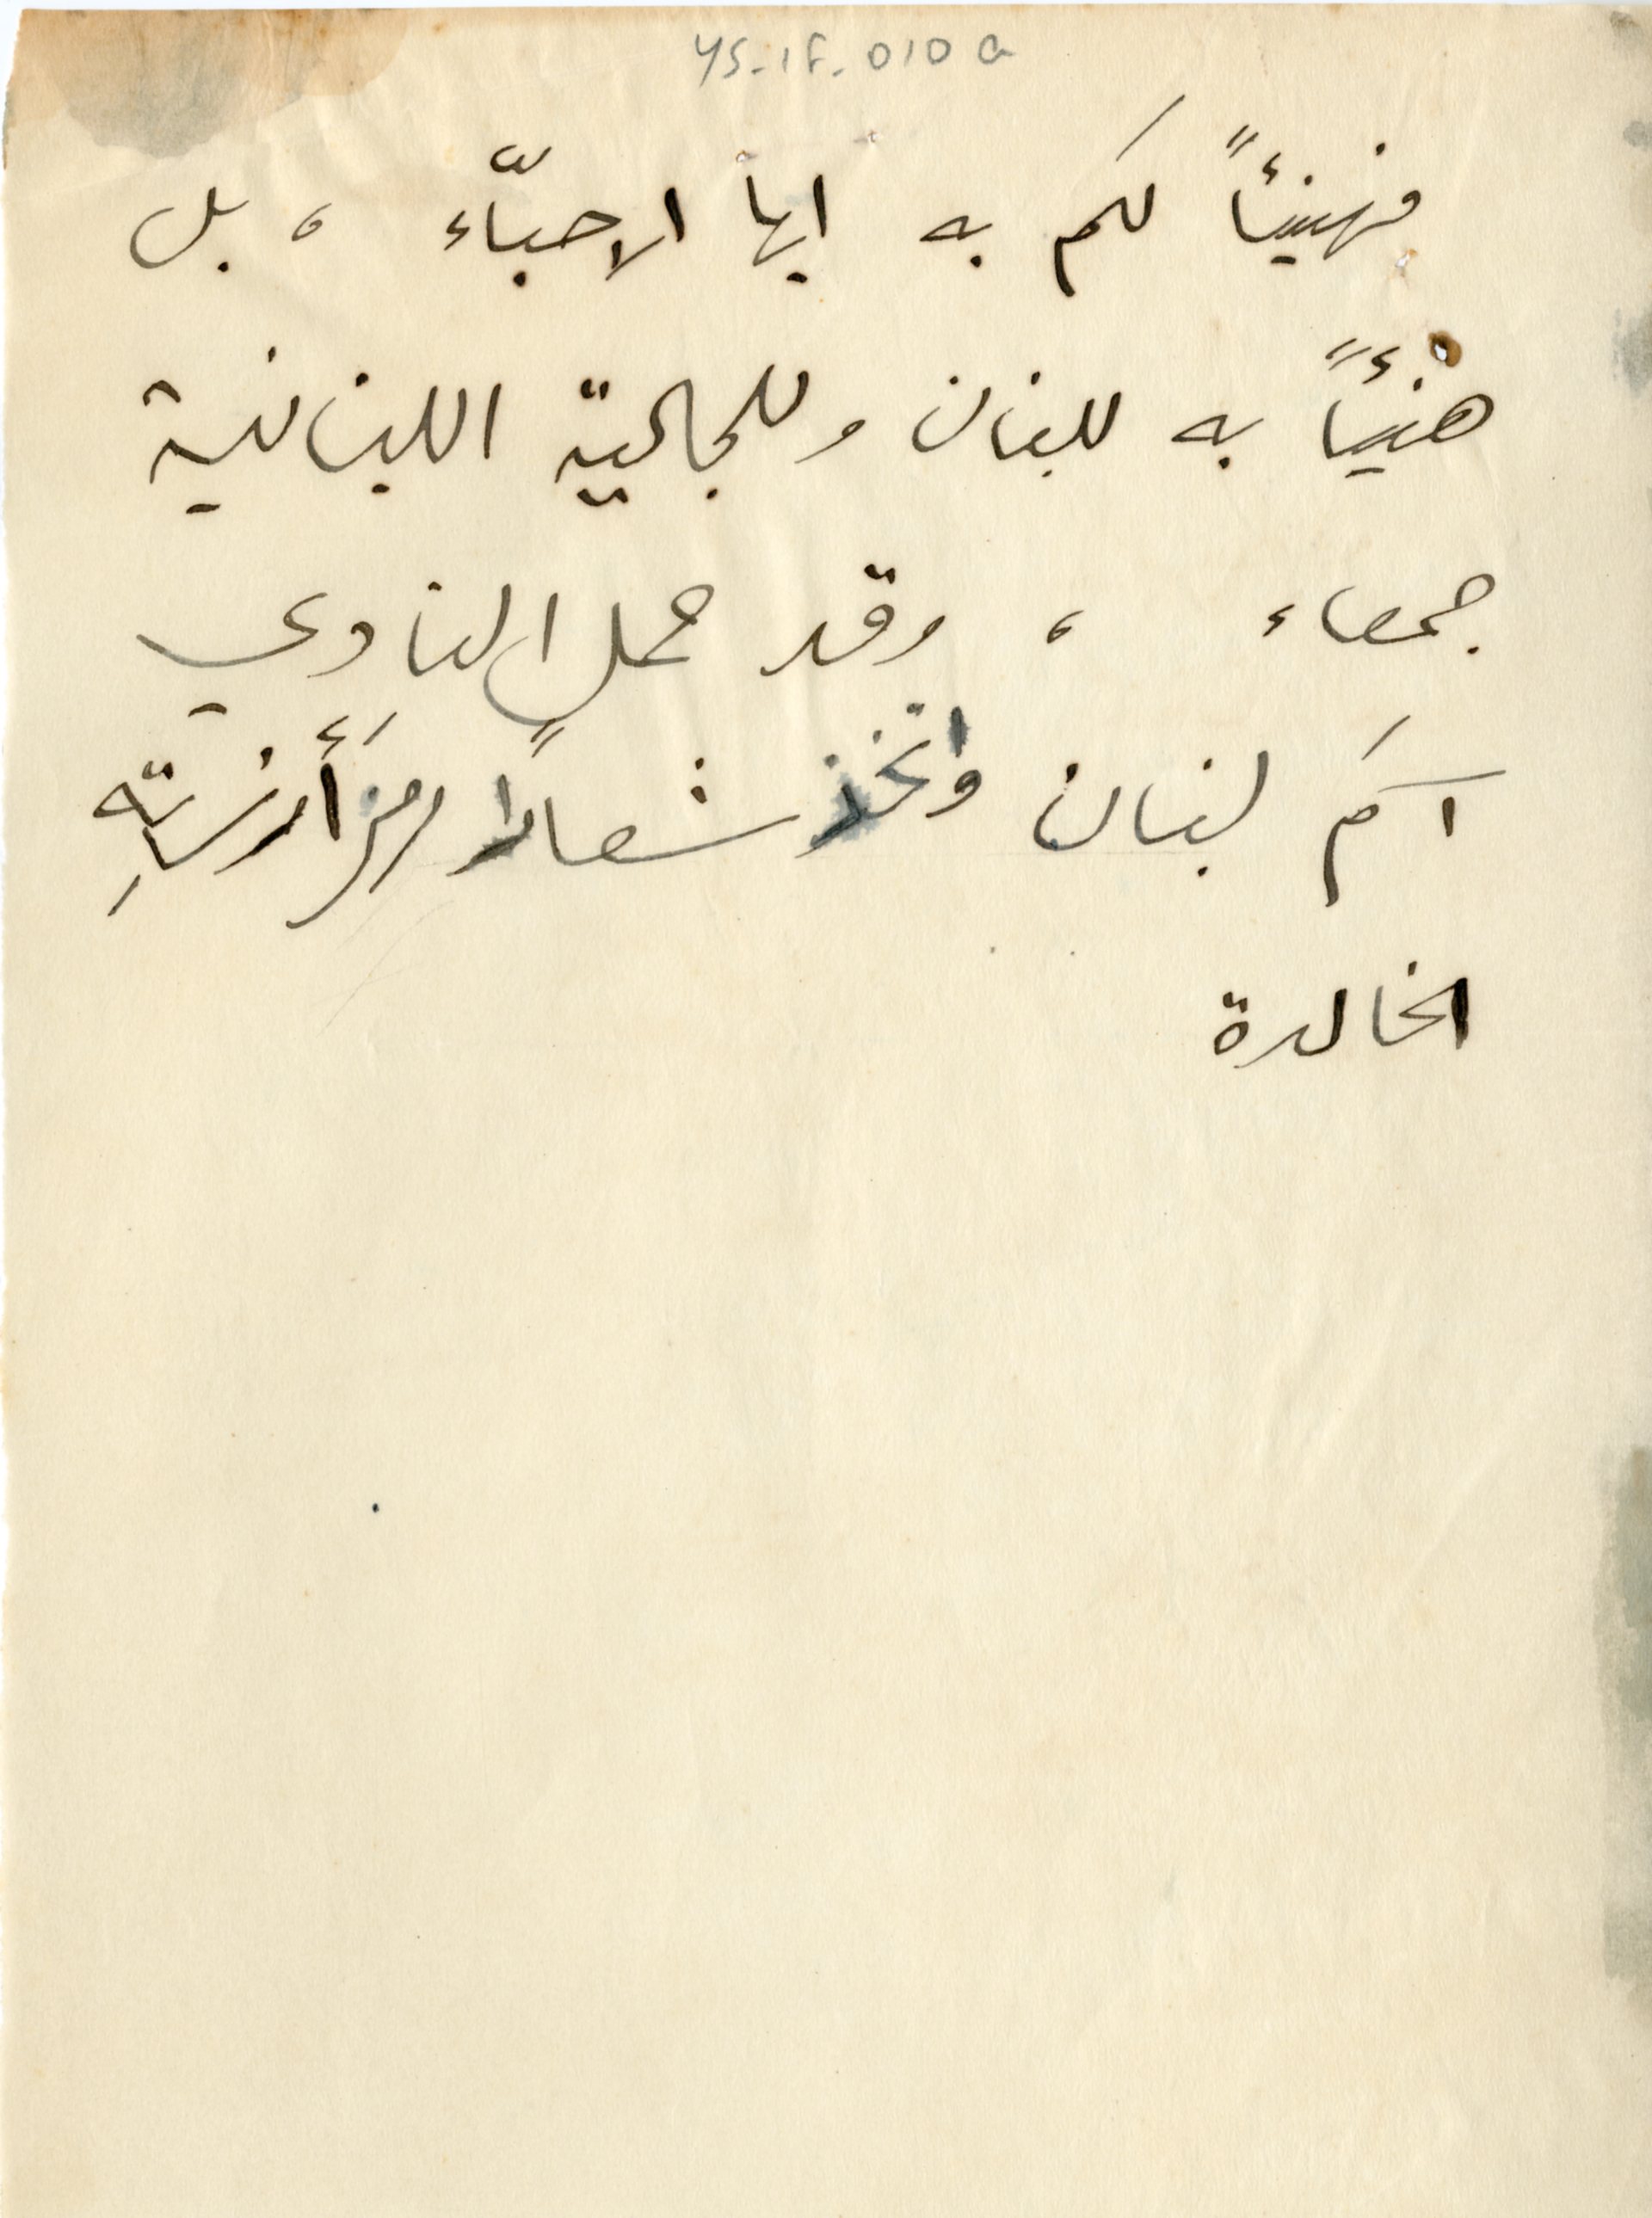
YS-1F-010a
فهنيئاً لكم به ايها الاحبّاء ، بل
هنيئاً به للبنان وللجالية اللبنانية
جمعاء، وقد حمل النادي
آسمَ لبنان واتخذ شعارًا رمز أرزتهِ
الخالدة